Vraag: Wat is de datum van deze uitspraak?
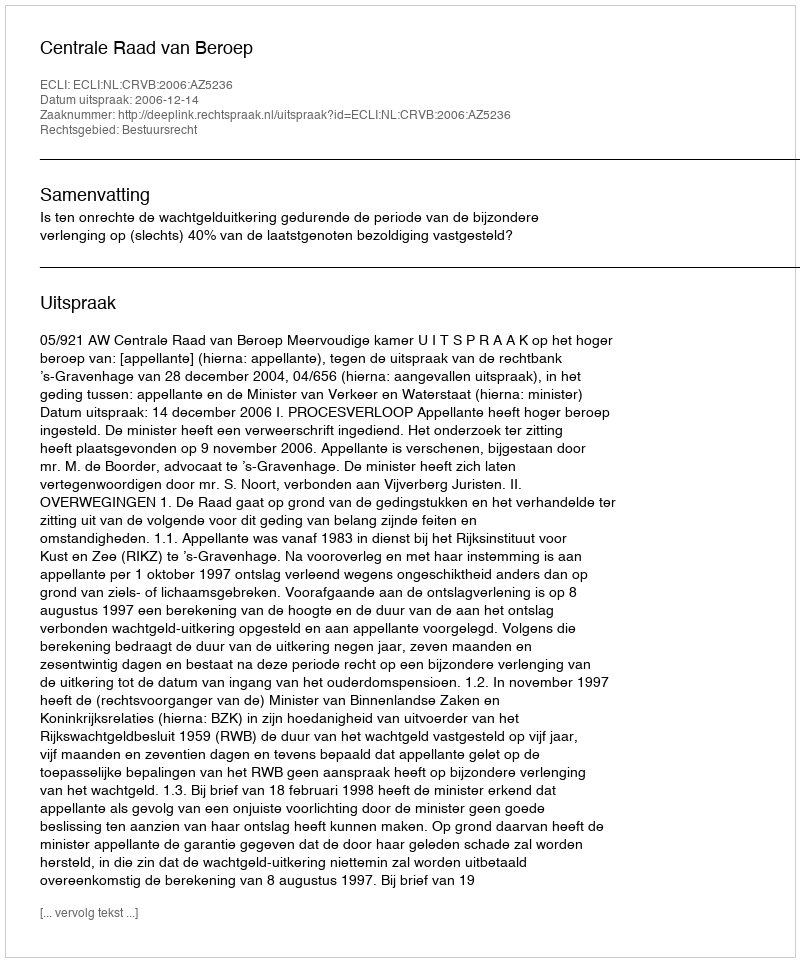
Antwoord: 2006-12-14